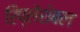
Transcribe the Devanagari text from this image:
रिप्लेशेबल